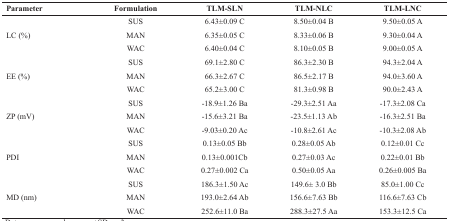
| Parameter | Formulation | TLM-SLN | TLM-NLC | TLM-LNC |
 | --- | --- | --- | --- | --- |
 | <ROWSPAN=3> LC (%) | SUS | 6.43±0.09 C | 8.50±0.04 B | 9.50±0.05 A |
 | MAN | 6.35±0.05 C | 8.33±0.06 B | 9.30±0.04 A |
 | WAC | 6.40±0.04 C | 8.10±0.05 B | 9.00±0.05 A |
 | <ROWSPAN=3> EE (%) | SUS | 69.1±2.80 C | 86.3±2.30 B | 94.3±2.04 A |
 | MAN | 66.3±2.67 C | 86.5±2.17 B | 94.0±3.60 A |
 | WAC | 65.2±3.00 C | 81.3±0.98 B | 90.0±2.43 A |
 | <ROWSPAN=3> ZP (mV) | SUS | -18.9±1.26 Ba | -29.3±2.51 Aa | -17.3±2.08 Ca |
 | MAN | -15.6±3.21 Ba | -23.5±1.13 Ab | -16.3±2.51 Ba |
 | WAC | -9.03±0.20 Ac | -10.8±2.61 Ac | -10.3±2.08 Ab |
 | <ROWSPAN=3> PDI | SUS | 0.13±0.05 Bb | 0.28±0.05 Ab | 0.12±0.01 Cc |
 | MAN | 0.13±0.001Cb | 0.27±0.03 Ac | 0.22±0.01 Bb |
 | WAC | 0.27±0.002 Ca | 0.50±0.05 Aa | 0.26±0.005 Ba |
 | <ROWSPAN=3> MD (nm) | SUS | 186.3±1.50 Ac | 149.6± 3.0 Bb | 85.0±1.00 Cc |
 | MAN | 193.0±2.64 Ab | 156.6±7.63 Bb | 116.6±7.63 Cb |
 | WAC | 252.6±11.0 Ba | 288.3±27.5 Aa | 153.3±12.5 Ca |